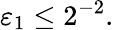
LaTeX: \varepsilon_{1}\leq 2^{-2}.